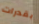
بقدرات